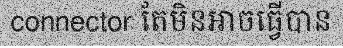
connector តែមិនអាចធ្វើបាន